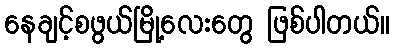
နေချင့်စဖွယ်မြို့လေးတွေ ဖြစ်ပါတယ်။